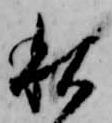
秋